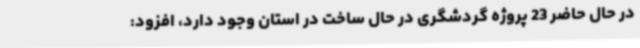
در حال حاضر 23 پروژه گردشگری در حال ساخت در استان وجود دارد، افزود: